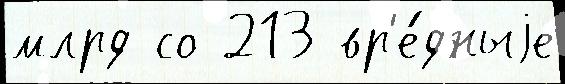
млрд со 213 вр'е́дныjе